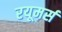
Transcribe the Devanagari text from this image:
रयूमर्स